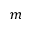
m